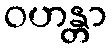
ဝဟန္တာ